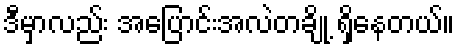
ဒီမှာလည်း အပြောင်းအလဲတချို့ ရှိနေတယ်။